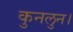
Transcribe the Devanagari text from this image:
कुनलुन।